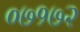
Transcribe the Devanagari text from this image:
०७१७२